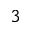
^ 3